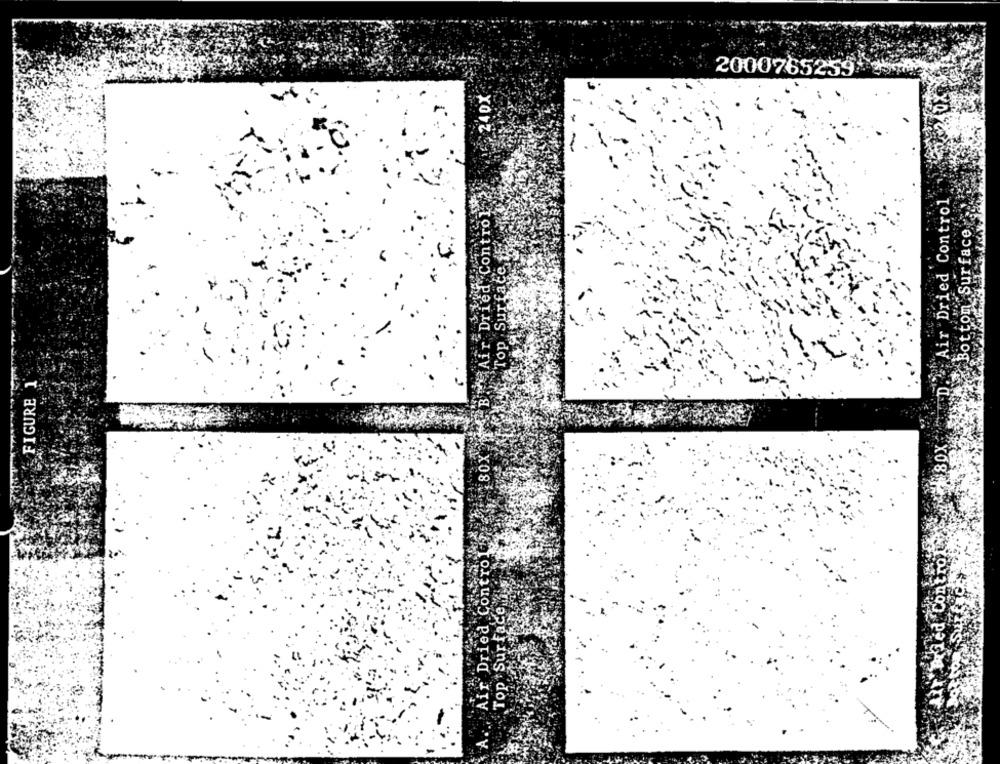
2000765259
240X
BIGAir Dried Control
Air Dried Control
Bottom Surface
Top Surface
FIGURE 1
80X2
Air Dried Contro
Topt Surface